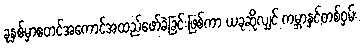
ခုနှစ်မှာစတင်အကောင်အထည်ဖော်ခဲ့ခြင်းဖြစ်ကာ ယခုဆိုလျှင် ကမ္ဘာနှင့်တစ်ဝှမ်း